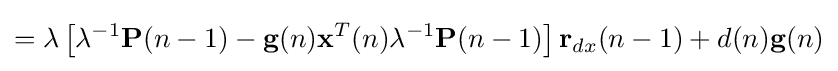
=\lambda \left[\lambda ^{-1}\mathbf {P} (n-1)-\mathbf {g} (n)\mathbf {x} ^{T}(n)\lambda ^{-1}\mathbf {P} (n-1)\right]\mathbf {r} _{dx}(n-1)+d(n)\mathbf {g} (n)